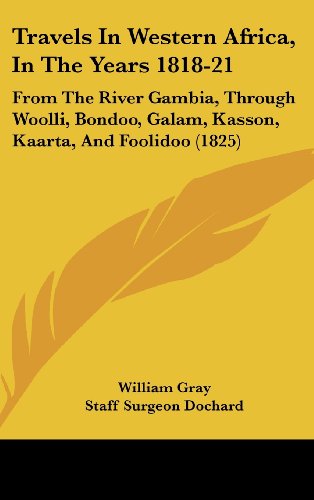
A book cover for Travels In Western Africa, In The Years 1818-21: From The River Gambia, Through Woolli, Bondoo, Galam, Kasson, Kaarta, And Foolidoo (1825); William Gray; Travel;